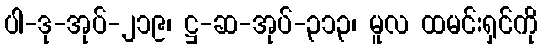
ပါ-ဒု-အုပ်-၂၁၉၊ ဋ္ဌ-ဆ-အုပ်-၃၁၃၊ မူလ ထမင်းရှင်ကို